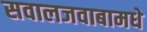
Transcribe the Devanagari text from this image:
सवालजवाबामधे